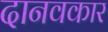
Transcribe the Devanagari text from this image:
दानवकार